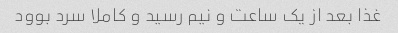
غذا بعد از یک ساعت و نیم رسید و کاملا سرد بوود